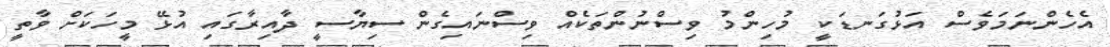
އެހެންނަމަވެސް އަޅުގަނޑަކީ މުހިންމު ވިސްނުންތަކެއް ވިސްނައިގެން ސިޔާސީ ދާއިރާގައި އުޅޭ މީހަކަށް ވާތީ